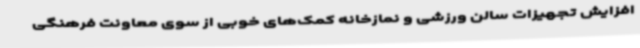
افزایش تجهیزات سالن ورزشی و نمازخانه کمک‌های خوبی از سوی معاونت فرهنگی